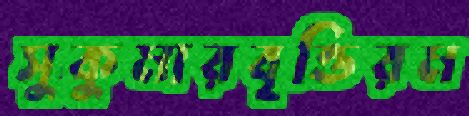
সুকুমারবৃত্তিরম